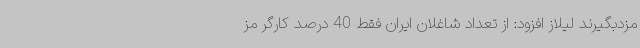
مزدبگیرند لیلاز افزود: از تعداد شاغلان ایران فقط 40 درصد کارگر مز